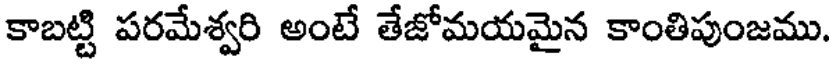
కాబట్టి పరమేశ్వరి అంటే తేజోమయమైన కాంతిపుంజము.